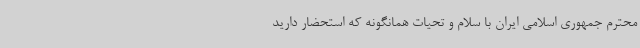
محترم جمهوری اسلامی ایران با سلام و تحیات همانگونه که استحضار دارید